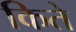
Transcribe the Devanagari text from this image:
किते